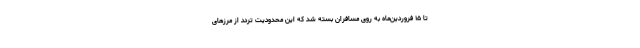
تا ۱۵ فروردین‌ماه به روی مسافران بسته شد که این محدودیت تردد از مرزهای